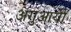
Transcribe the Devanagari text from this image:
अगुआयी